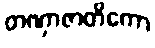
တဏှာဇာတိကော